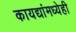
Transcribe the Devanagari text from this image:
कायद्यांमध्येही